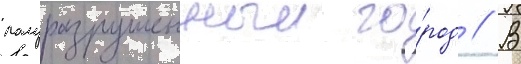
полуразрушенныи го́род // В